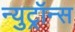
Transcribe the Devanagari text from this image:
न्युट्रॉन्स